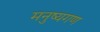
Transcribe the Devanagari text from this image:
मनुष्यगण